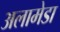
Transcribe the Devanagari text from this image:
अलामेडा